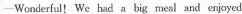
—Wonderful! We had a big meal and enjoyed .